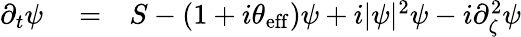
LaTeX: \begin{array}{rlr}{\partial_{t}\psi}&{{}=}&{S-(1+i\theta_{\mathrm{eff}})\psi+i|\psi|^{2}\psi-i\partial_{\zeta}^{2}\psi}\end{array}